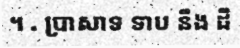
។ . ប្រាសាទ ទាប នឹង ដី